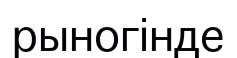
рыногінде